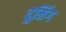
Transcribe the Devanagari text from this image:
दूमिंग